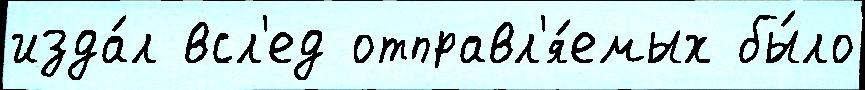
изда́л всл'ед отправл'я́емых бы́ло